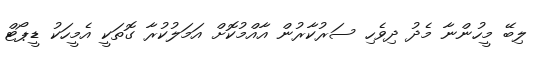
ލިބޭ މީހުންނާ މެދު ދިވެހި ސަރުކާރުން އާއްމުކޮށް އަމަލުކުރާ ގޮތަކީ އެމީހަކު ޑީޕޯޓް